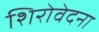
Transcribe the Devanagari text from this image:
शिरोवेदना